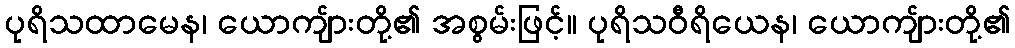
ပုရိသထာမေန၊ ယောကျ်ားတို့၏ အစွမ်းဖြင့်။ ပုရိသဝီရိယေန၊ ယောကျ်ားတို့၏